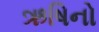
ઋષિનો